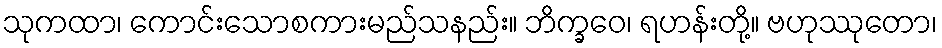
သုကထာ၊ ကောင်းသောစကားမည်သနည်း။ ဘိက္ခဝေ၊ ရဟန်းတို့။ ဗဟုဿုတော၊